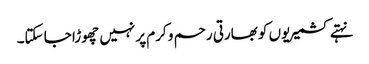
نہتے کشمیریوں کو بھارتی رحم و کرم پر نہیں چھوڑا جا سکتا۔